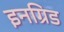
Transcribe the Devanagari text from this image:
इनग्रिड